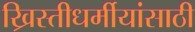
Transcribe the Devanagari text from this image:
ख्रिस्तीधर्मीयांसाठी